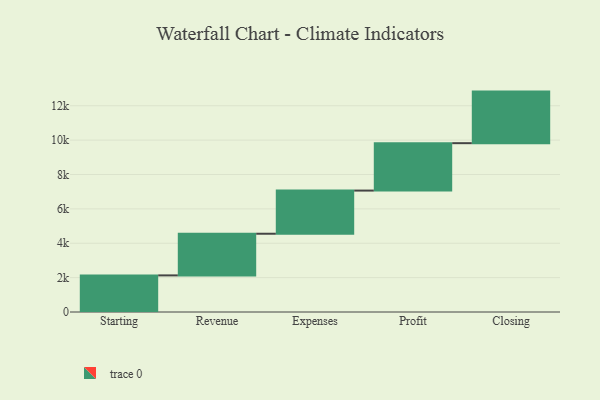
{"axis": {"x": "Step", "y": "Value"}, "legend": [""], "data": [{"x": "Starting", "y": 2129.0, "type": ""}, {"x": "Revenue", "y": 2424.0, "type": ""}, {"x": "Expenses", "y": 2511.0, "type": ""}, {"x": "Profit", "y": 2758.0, "type": ""}, {"x": "Closing", "y": 3000, "type": ""}]}